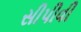
સીપીવી